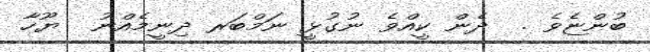
ބުންޏެވެ .  ދެން ކީއްވެ ނުގުޅީ ނަމްބަރ ދިނީމެއްނު  ޔޫހާ